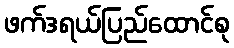
ဖက်ဒရယ်ပြည်ထောင်စု